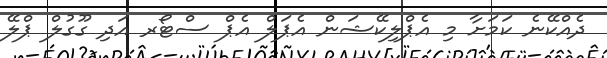
ދެއްކޭނެ ކަމަށާ މި އެޕްލިކޭޝަން އެޕަލް އެޕް ސްޓޯރ އަދި ގޫގުލް ޕްލޭ